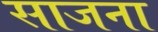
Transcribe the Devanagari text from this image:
साजना